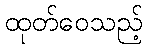
ထုတ်ဝေသည့်